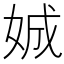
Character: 娍